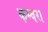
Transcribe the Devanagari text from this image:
कम्बरा